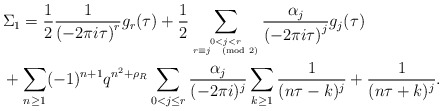
\begin{align*} & \Sigma_1 = \frac{1}{2}\frac{1}{\left(-2 \pi i \tau\right)^r}g_r(\tau) + \frac{1}{2}\sum_{0 <j <r \atop { r \equiv j \pmod{2}}}\frac{\alpha_j}{\left(-2 \pi i \tau\right)^j}g_j(\tau) \\ & + \sum_{n \geq 1} (-1)^{n+1}q^{n^2 + \rho_R} \sum_{ 0 < j \leq r} \frac{\alpha_j}{(-2 \pi i)^j}\sum_{k \geq 1} \frac{1}{(n \tau - k)^j} + \frac{1}{(n \tau + k)^j}.\end{align*}